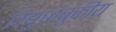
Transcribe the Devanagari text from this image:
विद्युच्चंबुकीय